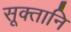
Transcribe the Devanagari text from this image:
सूक्तानि